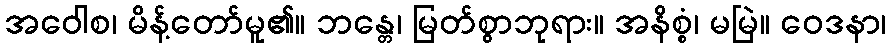
အဝေါစ၊ မိန့်တော်မူ၏။ ဘန္တေ၊ မြတ်စွာဘုရား။ အနိစ္စံ၊ မမြဲ။ ဝေဒနာ၊